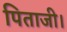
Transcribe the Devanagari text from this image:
पिताजी।